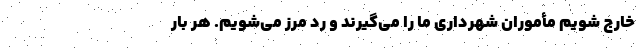
خارج شویم مأموران شهرداری ما را می‌گیرند و رد مرز می‌شویم. هر بار